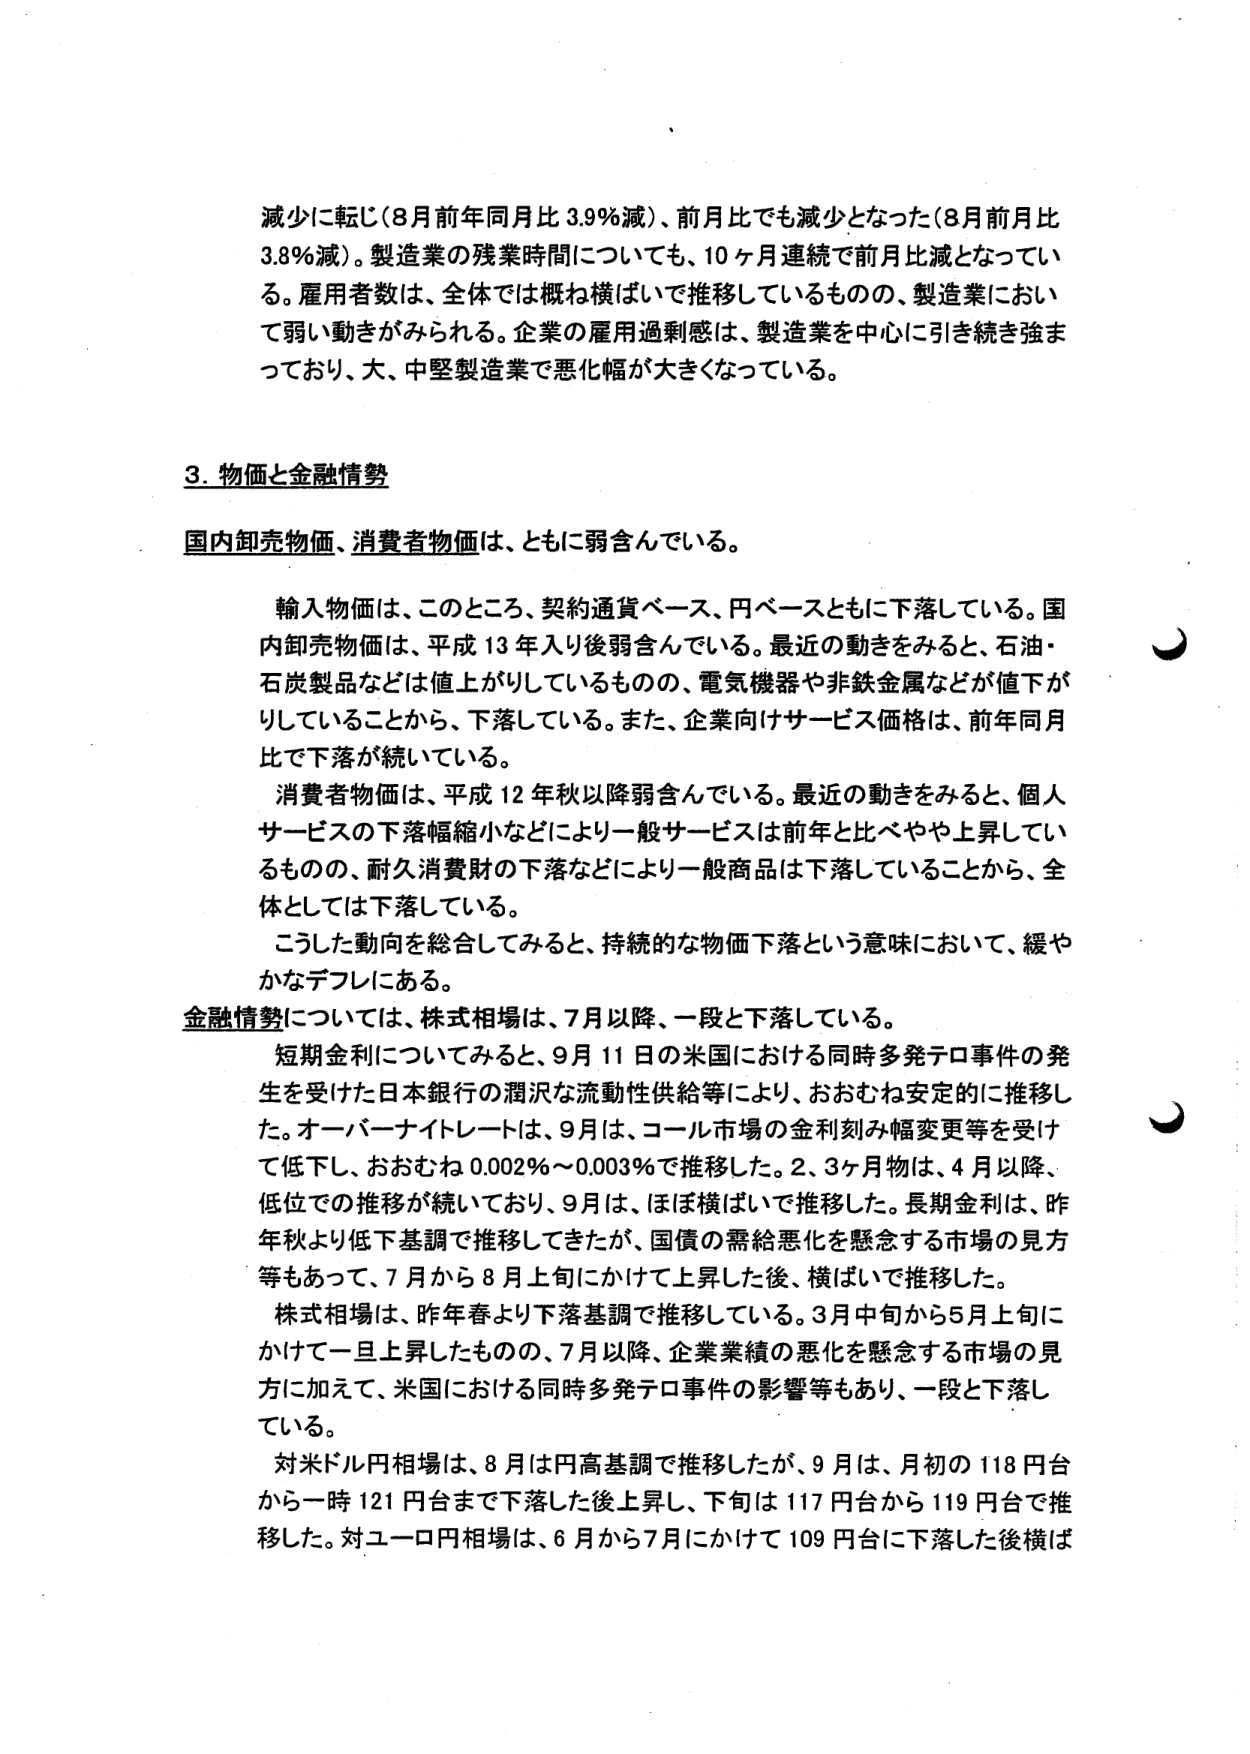
減少に転じ（8月前年同月比3.9％減）、前月比でも減少となった（8月前月比3.8％減）。製造業の残業時間についても、10ヶ月連続で前月比減となっている。雇用者数は、全体では概ね横ばいで推移しているものの、製造業において弱い動きがみられる。企業の雇用過剰感は、製造業を中心に引き続き強まっており、大・中堅製造業で悪化幅が大きくなっている。

3. 物価と金融情勢

国内卸売物価、消費者物価は、ともに弱含んでいる。

輸入物価は、このところ、契約通貨ベース、円ベースともに下落している。国内卸売物価は、平成13年入り後弱含んでいる。最近の動きをみると、石油・石炭製品などは値上がりしているものの、電気機器や非鉄金属などが値下がりしていることから、下落している。また、企業向けサービス価格は、前年同月比で下落が続いている。

消費者物価は、平成12年秋以降弱含んでいる。最近の動きをみると、個人サービスの下落幅縮小などにより一般サービスは前年と比べやや上昇しているものの、耐久消費財の下落などにより一般商品は下落していることから、全体としては下落している。

こうした動向を総合してみると、持続的な物価下落という意味において、緩やかなデフレにある。

金融情勢については、株式相場は、7月以降、一段と下落している。

短期金利についてみると、9月11日の米国における同時多発テロ事件の発生を受けた日本銀行の潤沢な流動性供給等により、おおむね安定的に推移した。オーバーナイトレートは、9月は、コール市場の金利刻み幅変更等を受けて低下し、おおむね0.002％～0.003％で推移した。2、3ヶ月物は、4月以降、低位での推移が続いており、9月は、ほぼ横ばいで推移した。長期金利は、昨年秋より低下基調で推移してきたが、国債の需給悪化を懸念する市場の見方等もあって、7月から8月上旬にかけて上昇した後、横ばいで推移した。

株式相場は、昨年春より下落基調で推移している。3月中旬から5月上旬にかけて一旦上昇したものの、7月以降、企業業績の悪化を懸念する市場の見方に加えて、米国における同時多発テロ事件の影響等もあり、一段と下落している。

対米ドル相場は、8月は円高基調で推移したが、9月は、月初の118円台から一時121円台まで下落した後上昇し、下旬は117円台から119円台で推移した。対ユーロ円相場は、6月から7月にかけて109円台に下落した後横ば